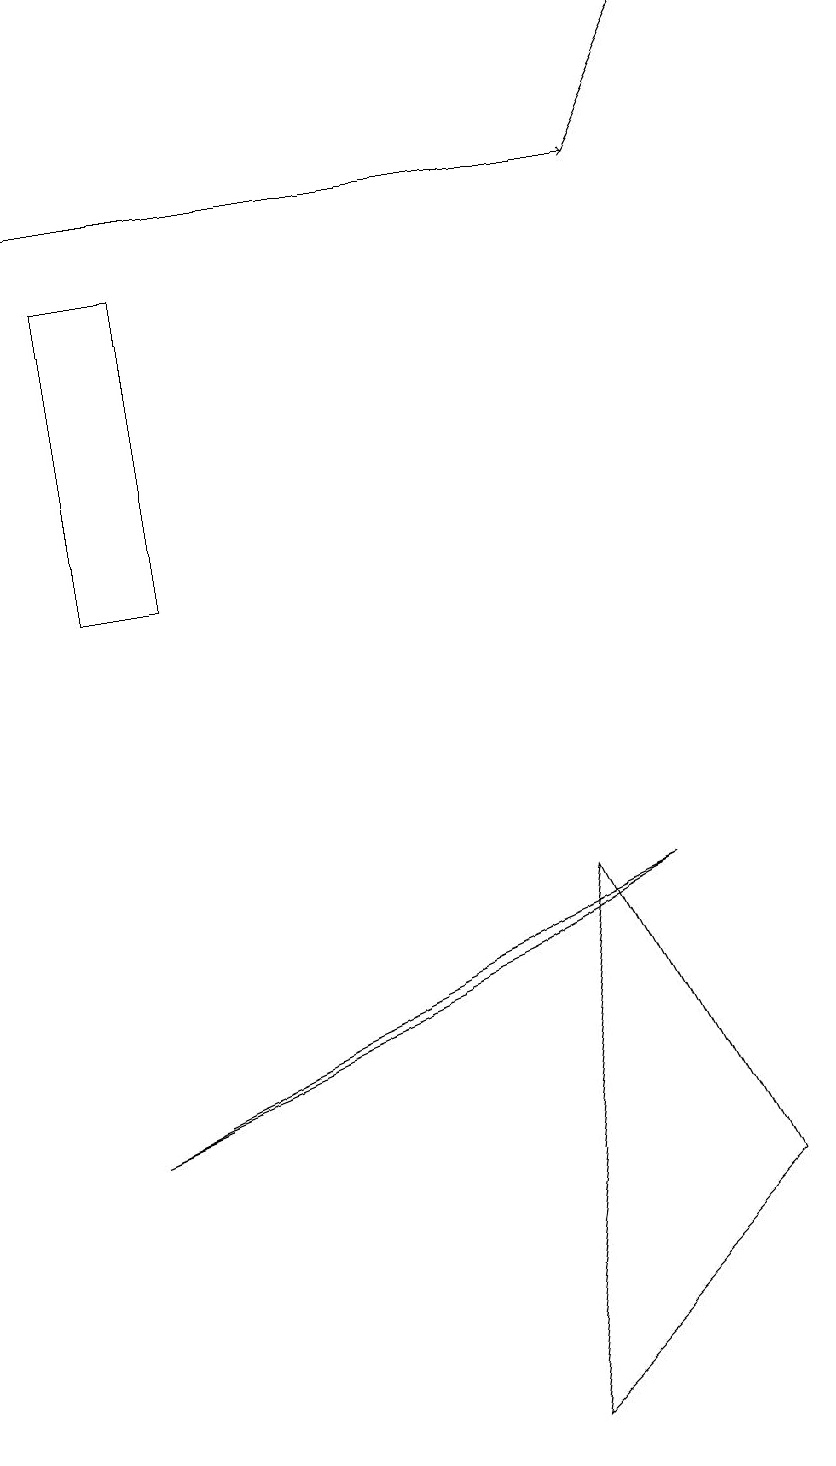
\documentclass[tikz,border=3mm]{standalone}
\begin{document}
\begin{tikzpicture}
\draw[->] (8,16) -- (9,18);
\draw (10,12) circle (0);
\draw[->] (0,16) -- (8,16);
\draw (8,7) -- (1,4) -- (6,6) -- cycle;
\draw (7,7) -- (6,0) -- (9,3) -- cycle;
\draw (2,11) rectangle (1,15);
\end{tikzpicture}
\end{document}